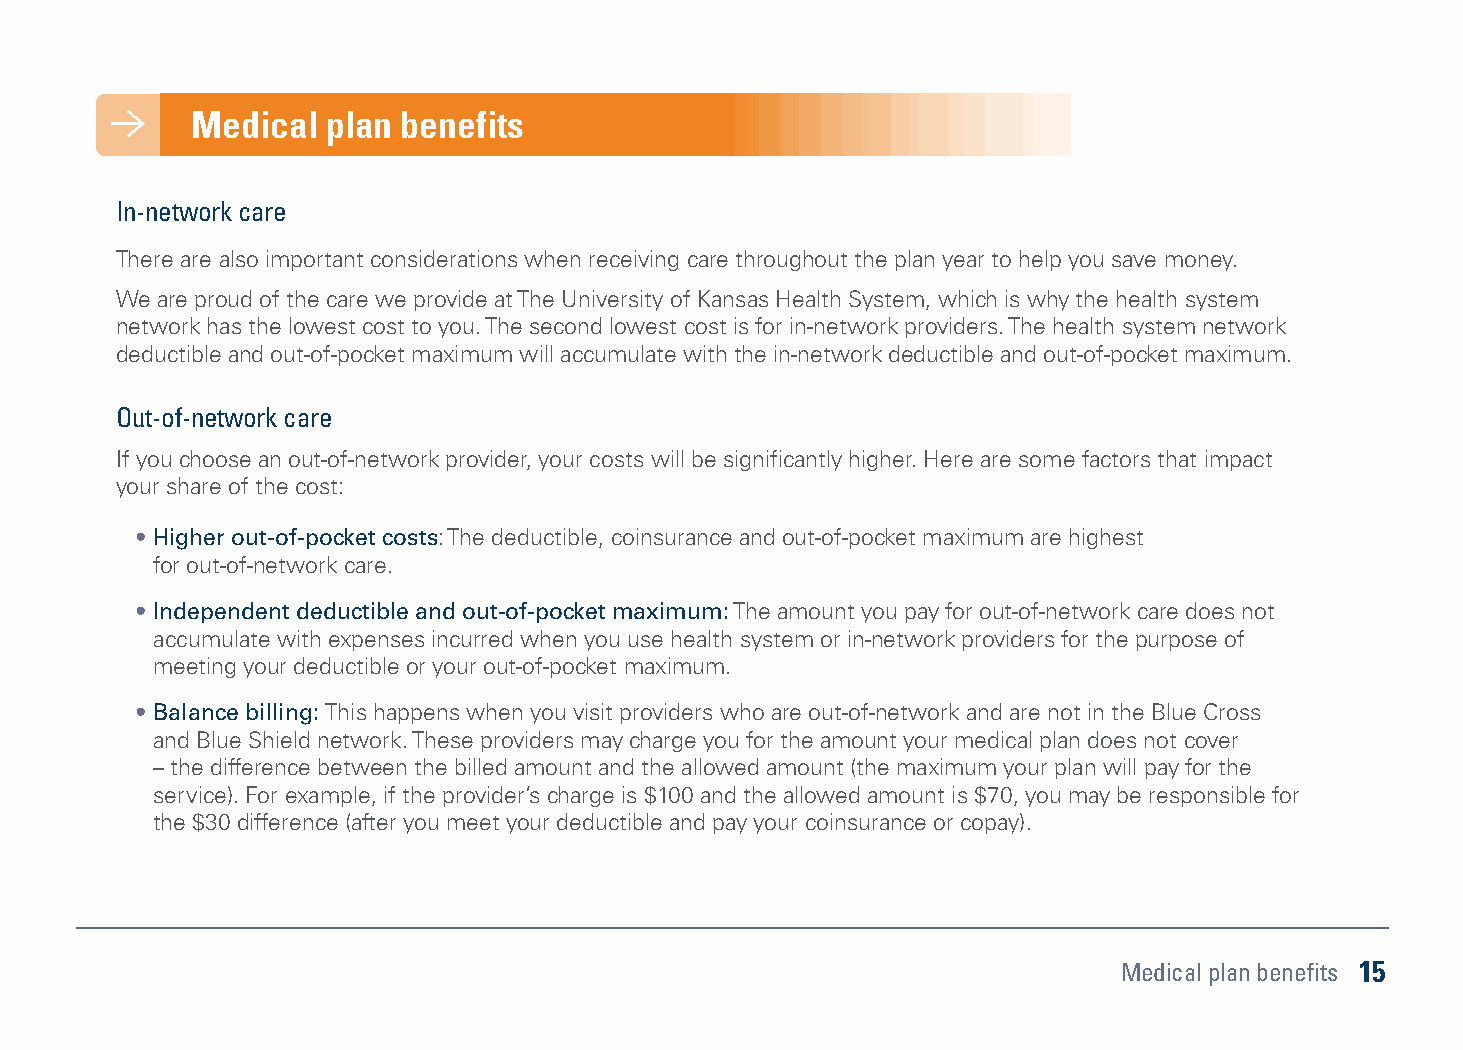
Medical plan benefits Medical plan benefits
 Save money with smart choices In-network care
 Understanding how you and/or your family uses healthcare can help you make wise decisions when choosing There are also important considerations when receiving care throughout the plan year to help you save money.
 your medical plan now.
 We are proud of the care we provide at The University of Kansas Health System, which is why the health system
 network has the lowest cost to you. The second lowest cost is for in-network providers. The health system network
 Deductibles
 deductible and out-of-pocket maximum will accumulate with the in-network deductible and out-of-pocket maximum.
 If you cover dependents on your plan, there are important differences to understand about how deductibles are
 calculated in each medical plan.
 Out-of-network care
 • HSA Advantage Plan uses an aggregate deductible. This means the family deductible must be met before the If you choose an out-of-network provider, your costs will be significantly higher. Here are some factors that impact
 health plan’s coinsurance covers expenses for any one covered member. Therefore, a family member with high your share of the cost:
 medical expenses could contribute the entire family deductible amount before any coinsurance kicks in.
 • Higher out-of-pocket costs: The deductible, coinsurance and out-of-pocket maximum are highest
 • Signature Plan uses an embedded deductible, which means that once a covered member meets the
 for out-of-network care.
 individual deductible, the health plan’s coinsurance covers his/her expenses, even if the full family deductible
 amount has not been met. • Independent deductible and out-of-pocket maximum: The amount you pay for out-of-network care does not
 accumulate with expenses incurred when you use health system or in-network providers for the purpose of
 meeting your deductible or your out-of-pocket maximum.
 • Balance billing: This happens when you visit providers who are out-of-network and are not in the Blue Cross
 and Blue Shield network. These providers may charge you for the amount your medical plan does not cover
 – the difference between the billed amount and the allowed amount (the maximum your plan will pay for the
 service). For example, if the provider’s charge is $100 and the allowed amount is $70, you may be responsible for
 the $30 difference (after you meet your deductible and pay your coinsurance or copay).
 Medical plan benefits 15